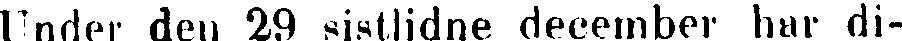
Under den 29 sistlidne december har di-